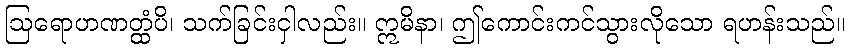
ဩရောဟဏတ္ထံပိ၊ သက်ခြင်းငှါလည်း။ ဣမိနာ၊ ဤကောင်းကင်သွားလိုသော ရဟန်းသည်။